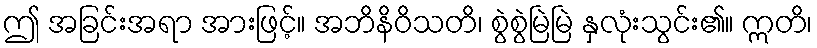
ဤ အခြင်းအရာ အားဖြင့်။ အဘိနိဝိသတိ၊ စွဲစွဲမြဲမြဲ နှလုံးသွင်း၏။ ဣတိ၊